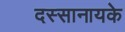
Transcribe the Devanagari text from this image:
दस्सानायके